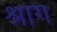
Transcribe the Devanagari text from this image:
श्राग